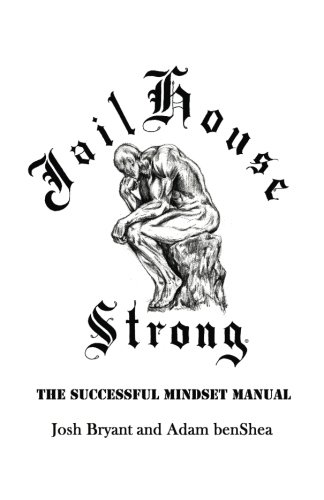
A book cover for Jailhouse Strong: The Successful Mindset Manual; Josh Bryant; Sports & Outdoors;